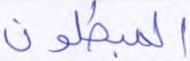
المبطلون